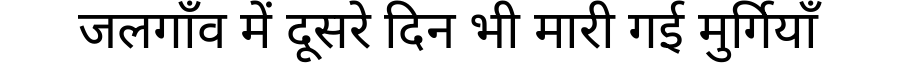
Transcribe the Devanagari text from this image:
जलगाँव में दूसरे दिन भी मारी गई मुर्गियाँ